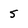
Character: 5